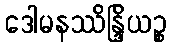
ဒေါမနဿိန္ဒြိယဉ္စ